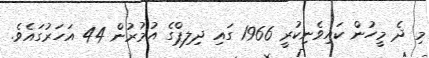
މި ދެ މީހުން ކައިވެނިކުރީ 1966 ގައި ދިލިޕްގެ އުމުރުން 44 އަހަރުގައެވެ.